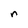
Character: n